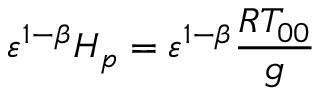
{ \varepsilon } ^ { 1 - \beta } H _ { p } = { \varepsilon } ^ { 1 - \beta } \frac { R T _ { 0 0 } } { g }